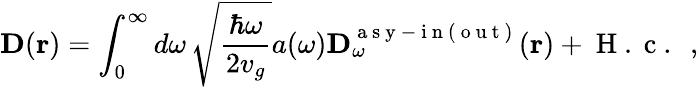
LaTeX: \textbf{D}(\textbf{r})=\int_{0}^{\infty}d\omega\, \sqrt{\frac{\hbar\omega}{2v_{g}}}a(\omega)\textbf{D}_{\omega}^{\mathrm{~a~s~y~-~i~n~(~o~u~t~)~}}(\textbf{r})+\mathrm{~H~.~c~.~}\ ,